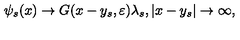
\psi _ { s } ( x ) \rightarrow G ( x - y _ { s } , \varepsilon ) \lambda _ { s } , | x - y _ { s } | \rightarrow \infty , ~